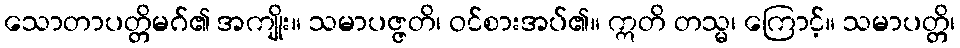
သောတာပတ္တိမဂ်၏ အကျိုး။ သမာပဇ္ဇတိ၊ ဝင်စားအပ်၏။ ဣတိ တသ္မ၊ ကြောင့်။ သမာပတ္တိ၊